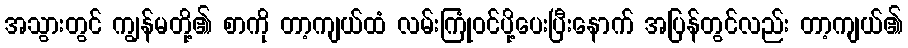
အသွားတွင် ကျွန်မတို့၏ စာကို တာ့ကျယ်ထံ လမ်းကြုံဝင်ပို့ပေးပြီးနောက် အပြန်တွင်လည်း တာ့ကျယ်၏